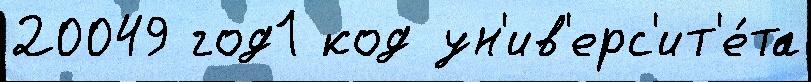
20049 год1 код ун'ив'ерс'ит'е́та